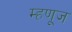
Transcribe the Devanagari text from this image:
म्हणूज